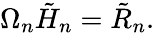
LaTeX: \Omega_{n}{\tilde{H}}_{n}={\tilde{R}}_{n}.